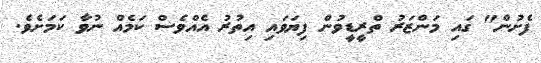
ފެށުން" ގައި މަންޒަރު ތްރީޑީވުން ފިޔަވައި އިތުރު އެއްވެސް ކަމެއް ނުވާ ކަމަށެވެ.